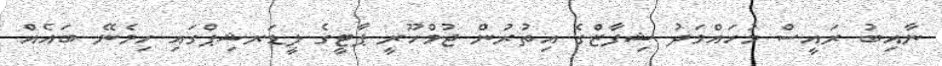
ނާއިބު ރައީސް މުހައްމަދު ޝިފާޒްގެ އިތުރުން ޖުމްހޫރީ ޕާޓީގެ ލީޑަރޝިޕްގައި ހިމެނޭ ބައެއް